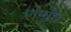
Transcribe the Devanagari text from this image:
रोमाँच